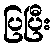
ပြပြီး